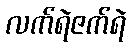
လက်ရဲဇက်ရဲ